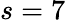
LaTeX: s=7